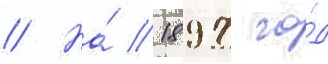
// На́ 1897 го́д